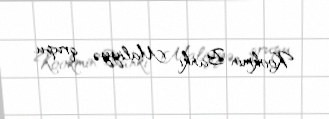
Kookmin Bankı Maliyyə qrupu.